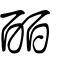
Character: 皕